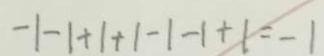
- 1 - 1 + 1 + 1 - 1 - 1 + 1 = - 1